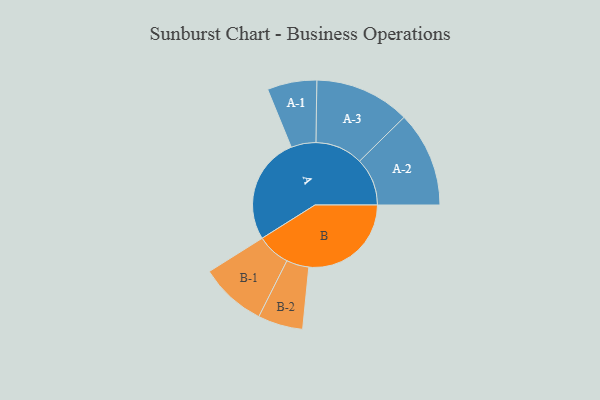
{"axis": {"x": "Segment", "y": "Value"}, "legend": ["", "A", "B"], "data": [{"x": "A", "y": 475, "type": ""}, {"x": "B", "y": 455, "type": ""}, {"x": "A-1", "y": 110, "type": "A"}, {"x": "A-2", "y": 212, "type": "A"}, {"x": "A-3", "y": 212, "type": "A"}, {"x": "B-1", "y": 148, "type": "B"}, {"x": "B-2", "y": 100, "type": "B"}]}